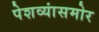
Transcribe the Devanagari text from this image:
पेशव्यांसमोर